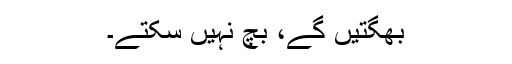
بھگتیں گے، بچ نہیں سکتے۔